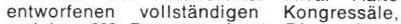
entworfenen vollständigen Kongressäle,